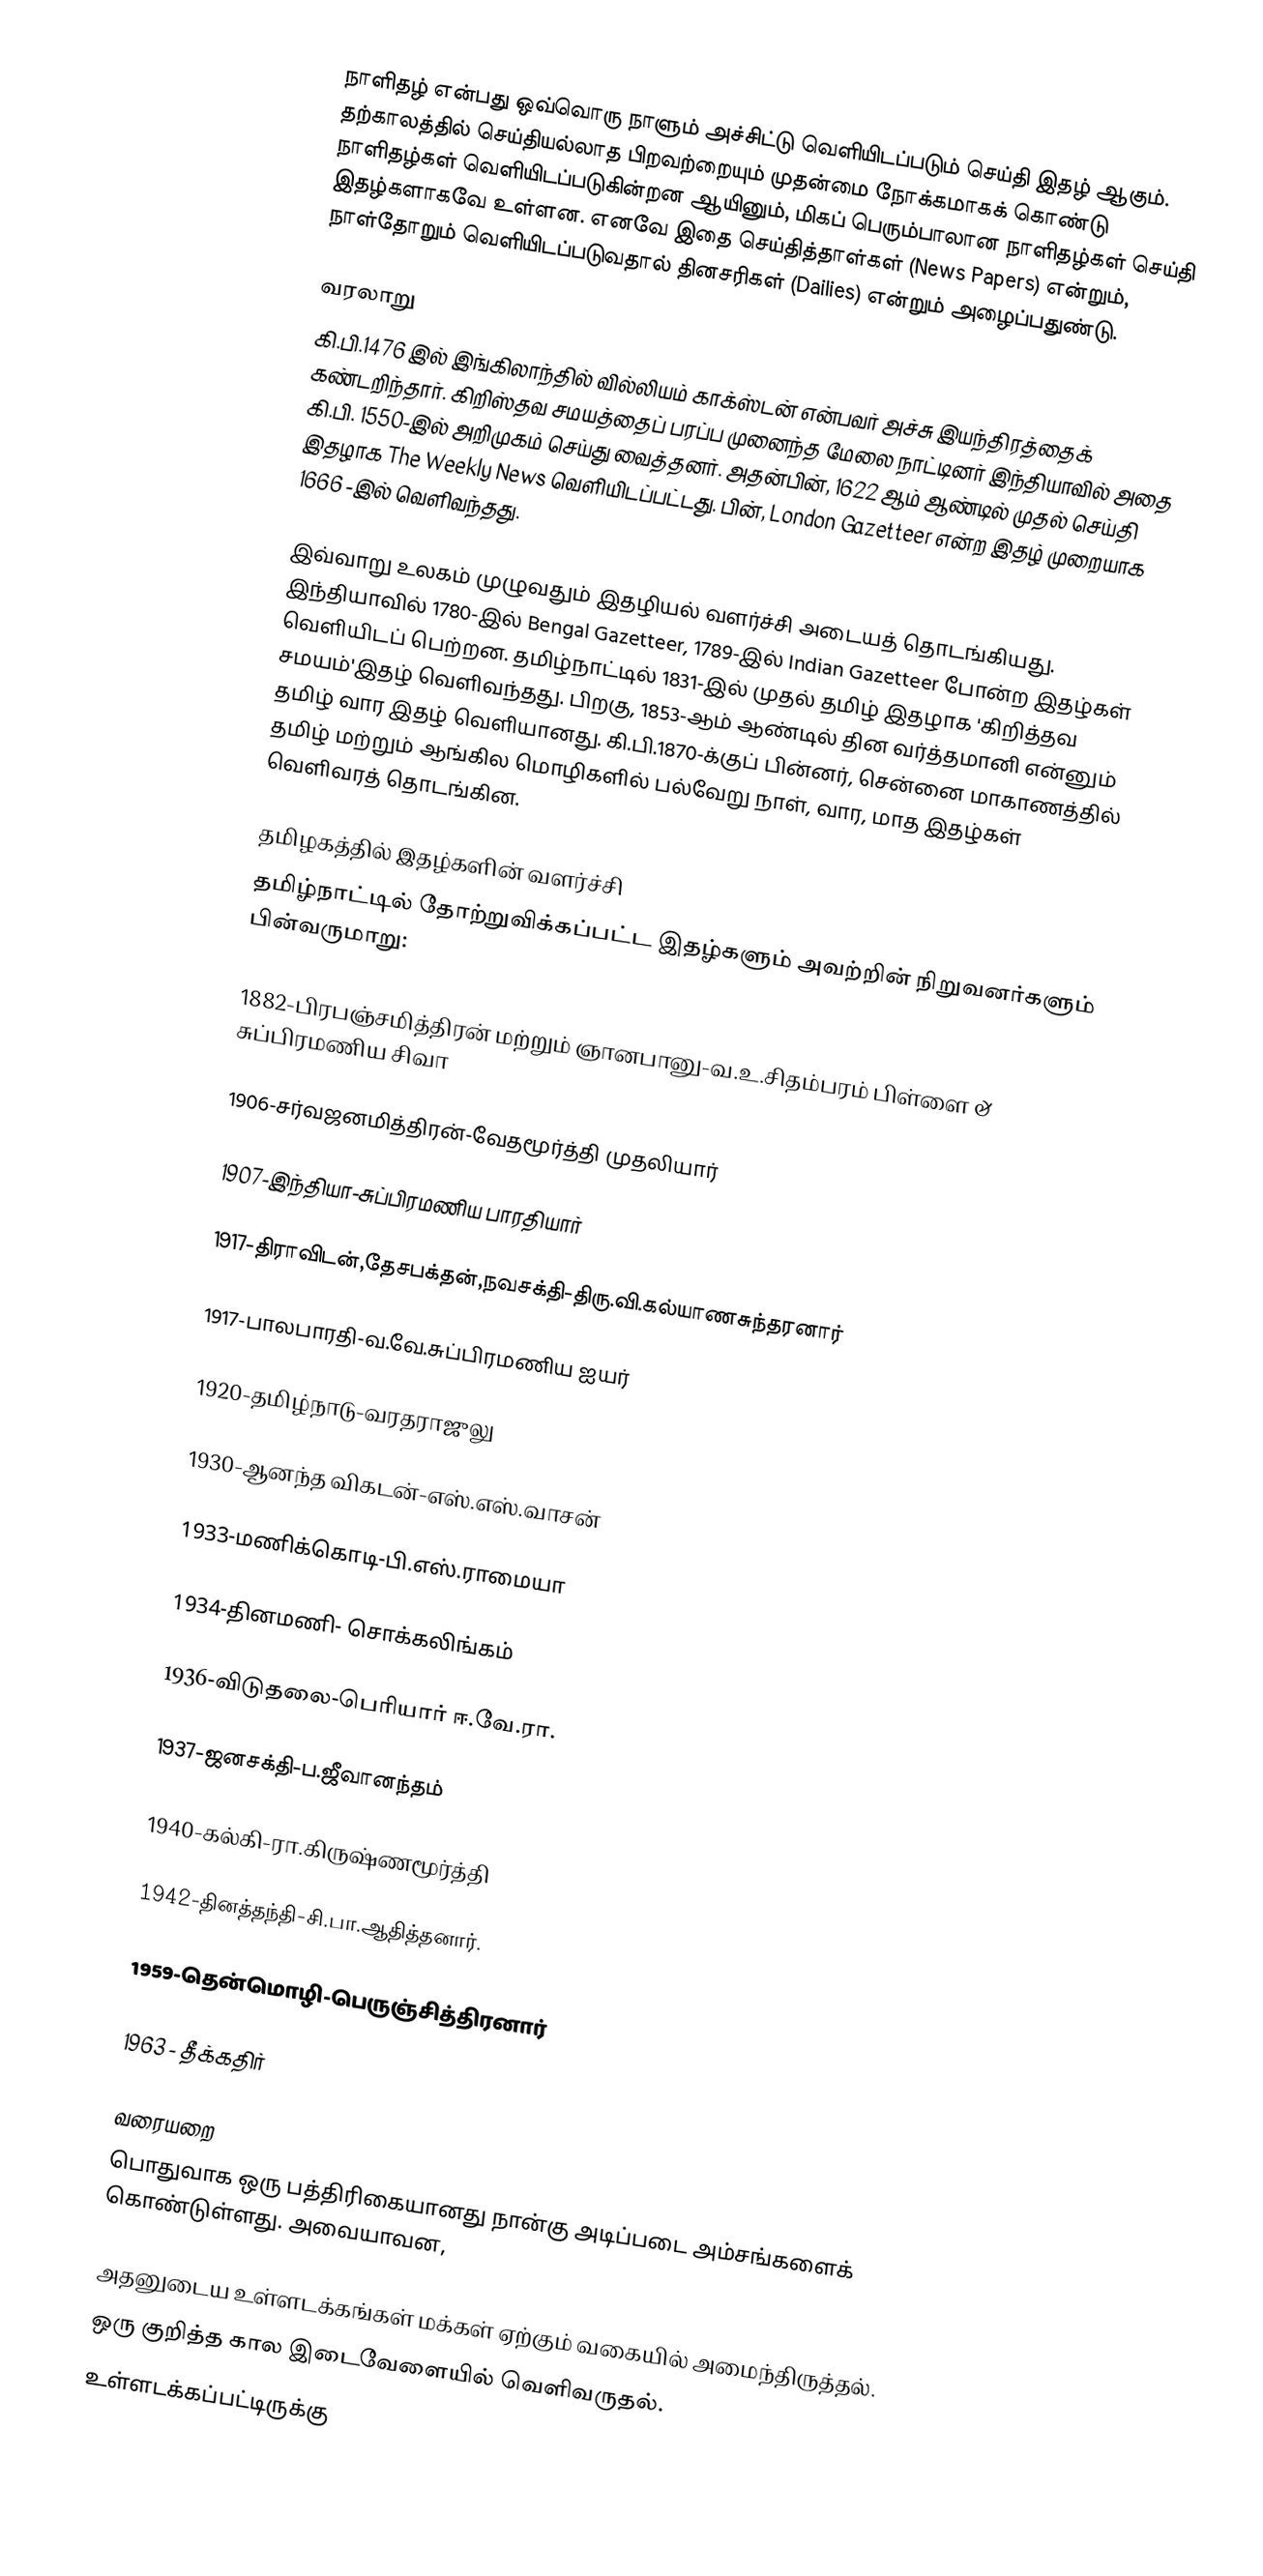
நாளிதழ் என்பது ஒவ்வொரு நாளும் அச்சிட்டு வெளியிடப்படும் செய்தி இதழ் ஆகும். தற்காலத்தில் செய்தியல்லாத பிறவற்றையும் முதன்மை நோக்கமாகக் கொண்டு நாளிதழ்கள் வெளியிடப்படுகின்றன ஆயினும், மிகப் பெரும்பாலான நாளிதழ்கள் செய்தி இதழ்களாகவே உள்ளன. எனவே இதை செய்தித்தாள்கள் (News Papers) என்றும், நாள்தோறும் வெளியிடப்படுவதால் தினசரிகள் (Dailies) என்றும் அழைப்பதுண்டு.

வரலாறு
கி.பி.1476 இல் இங்கிலாந்தில் வில்லியம் காக்ஸ்டன் என்பவர் அச்சு இயந்திரத்தைக் கண்டறிந்தார். கிறிஸ்தவ சமயத்தைப் பரப்ப முனைந்த மேலை நாட்டினர் இந்தியாவில் அதை கி.பி. 1550-இல் அறிமுகம் செய்து வைத்தனர். அதன்பின், 1622 ஆம் ஆண்டில் முதல் செய்தி இதழாக The Weekly News வெளியிடப்பட்டது. பின், London Gazetteer என்ற இதழ் முறையாக 1666 -இல் வெளிவந்தது.

இவ்வாறு உலகம் முழுவதும் இதழியல் வளர்ச்சி அடையத் தொடங்கியது. இந்தியாவில் 1780-இல் Bengal Gazetteer, 1789-இல் Indian Gazetteer போன்ற இதழ்கள் வெளியிடப் பெற்றன. தமிழ்நாட்டில் 1831-இல் முதல் தமிழ் இதழாக 'கிறித்தவ சமயம்'இதழ் வெளிவந்தது. பிறகு, 1853-ஆம் ஆண்டில் தின வர்த்தமானி என்னும் தமிழ் வார இதழ் வெளியானது. கி.பி.1870-க்குப் பின்னர், சென்னை மாகாணத்தில் தமிழ் மற்றும் ஆங்கில மொழிகளில் பல்வேறு நாள், வார, மாத இதழ்கள் வெளிவரத் தொடங்கின.

தமிழகத்தில் இதழ்களின் வளர்ச்சி
தமிழ்நாட்டில் தோற்றுவிக்கப்பட்ட இதழ்களும் அவற்றின் நிறுவனர்களும் பின்வருமாறு:

1882-பிரபஞ்சமித்திரன் மற்றும் ஞானபானு-வ.உ.சிதம்பரம் பிள்ளை & சுப்பிரமணிய சிவா

1906-சர்வஜனமித்திரன்-வேதமூர்த்தி முதலியார்

1907-இந்தியா-சுப்பிரமணிய பாரதியார்

1917-திராவிடன்,தேசபக்தன்,நவசக்தி-திரு.வி.கல்யாணசுந்தரனார்

1917-பாலபாரதி-வ.வே.சுப்பிரமணிய ஐயர்

1920-தமிழ்நாடு-வரதராஜுலு

1930-ஆனந்த விகடன்-எஸ்.எஸ்.வாசன்

1933-மணிக்கொடி-பி.எஸ்.ராமையா

1934-தினமணி- சொக்கலிங்கம்

1936-விடுதலை-பெரியார் ஈ.வே.ரா.

1937-ஜனசக்தி-ப.ஜீவானந்தம்

1940-கல்கி-ரா.கிருஷ்ணமூர்த்தி

1942-தினத்தந்தி-சி.பா.ஆதித்தனார்.

1959-தென்மொழி-பெருஞ்சித்திரனார்

1963 - தீக்கதிர்

வரையறை
பொதுவாக ஒரு பத்திரிகையானது நான்கு அடிப்படை அம்சங்களைக் கொண்டுள்ளது. அவையாவன,

 அதனுடைய உள்ளடக்கங்கள் மக்கள் ஏற்கும் வகையில் அமைந்திருத்தல்.
 ஒரு குறித்த கால இடைவேளையில் வெளிவருதல்.
 உள்ளடக்கப்பட்டிருக்கு